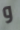
و